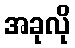
အခုလို